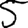
Digit: 5